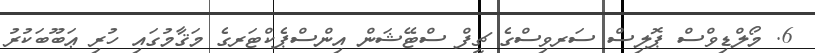
6. މޯލްޑިވްސް ޕޮލިސް ސަރވިސްގެ ޗީފް ސްޓޭޝަން އިންސްޕެކްޓަރގެ މަޤާމުގައި ހުރި ޢަބޫބަކުރު